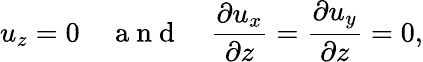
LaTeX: u_{z}=0\quad\mathrm{~a~n~d~}\quad\frac{\partial u_{x}}{\partial z}=\frac{\partial u_{y}}{\partial z}=0,